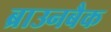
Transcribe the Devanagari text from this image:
ब्राउनबैक